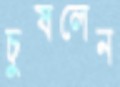
চুষলেন